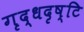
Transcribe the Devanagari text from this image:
गृद्धदृष्टि